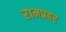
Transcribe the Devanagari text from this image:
रामप्रहर